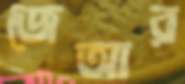
জেআর